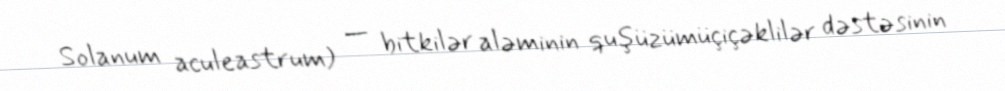
Solanum aculeastrum) — bitkilər aləminin quşüzümüçiçəklilər dəstəsinin